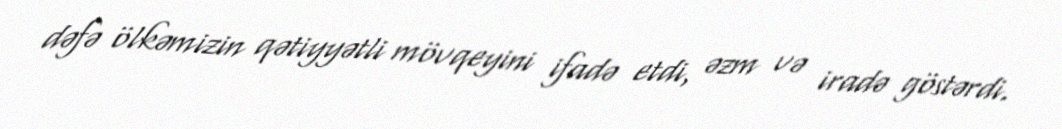
dəfə ölkəmizin qətiyyətli mövqeyini ifadə etdi, əzm və iradə göstərdi.